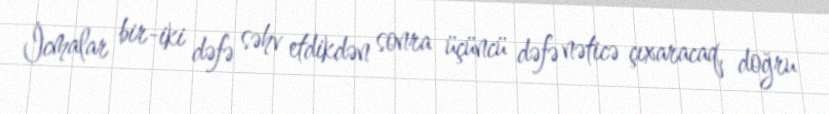
İcmalar bir-iki dəfə səhv etdikdən sonra üçüncü dəfə nəticə çıxaracaq, doğru